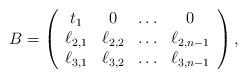
LaTeX: \begin{align*}B=\left(\begin{array}{ccccccc}t_1&0&\ldots&0\\\ell_{2,1}&\ell_{2,2}&\ldots&\ell_{2,n-1}\\\ell_{3,1}&\ell_{3,2}&\ldots&\ell_{3,n-1}\end{array}\right),\end{align*}